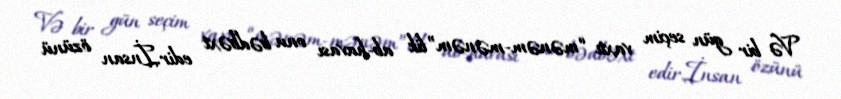
Və bir gün seçim vaxtı “mənəm-mənəm”lik ab-havası onu bədbəxt edir.İnsan özünü